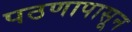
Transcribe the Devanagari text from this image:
पठणापासून